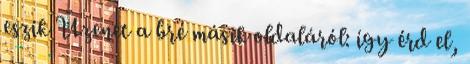
eszik Üzenet a bré másik oldaláról: így érd el,